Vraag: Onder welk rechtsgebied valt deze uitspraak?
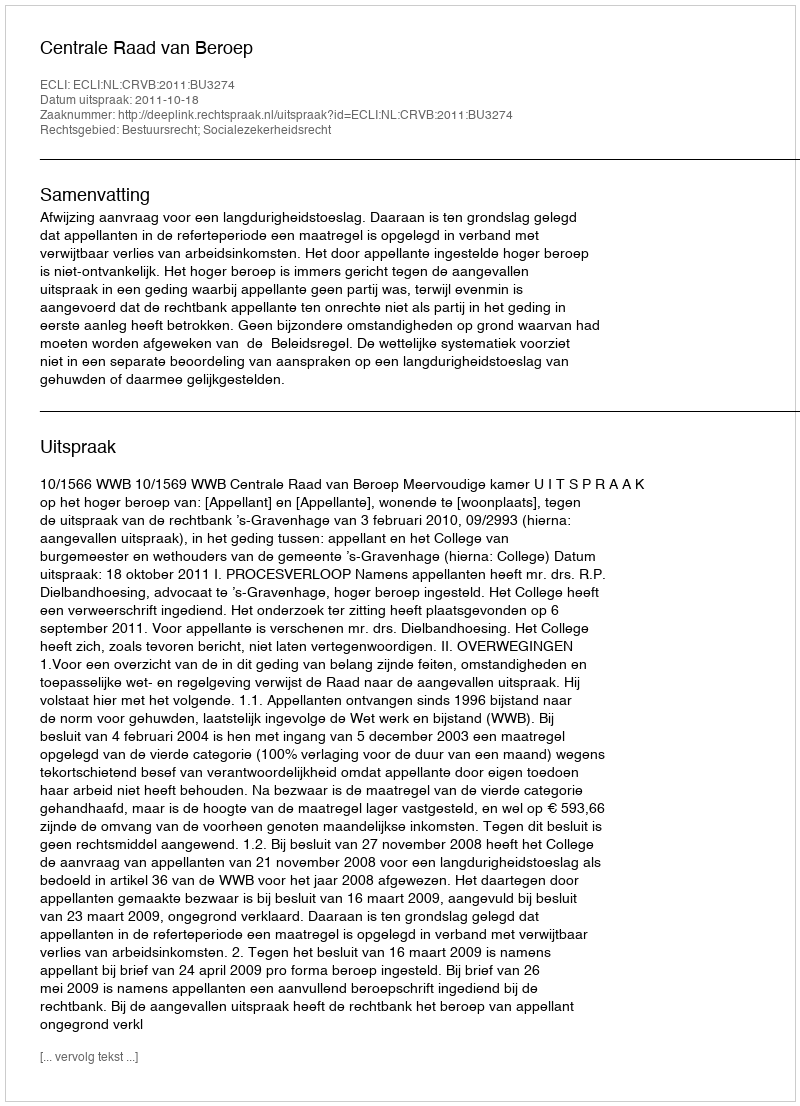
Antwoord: Bestuursrecht; Socialezekerheidsrecht